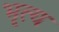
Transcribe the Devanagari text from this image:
भृत्‍य